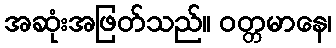
အဆုံးအဖြတ်သည်။ ဝတ္တမာနေ၊